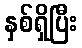
နှစ်ရှိပြီး